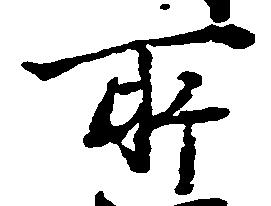
所